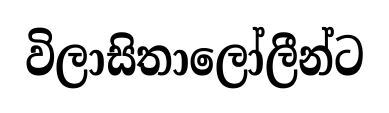
විලාසිතාලෝලීන්ට